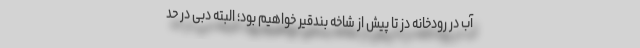
آب در رودخانه دز تا پیش از شاخه بندقیر خواهیم بود؛ البته دبی در حد